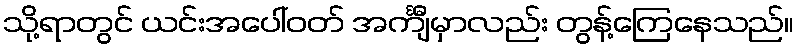
သို့ရာတွင် ယင်းအပေါ်ဝတ် အင်္ကျီမှာလည်း တွန့်ကြေနေသည်။